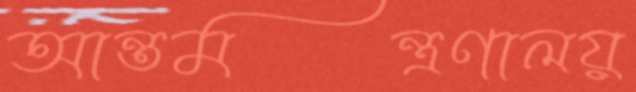
আন্তমন্ত্রণালয়